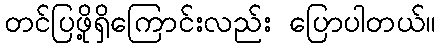
တင်ပြဖို့ရှိကြောင်းလည်း ပြောပါတယ်။